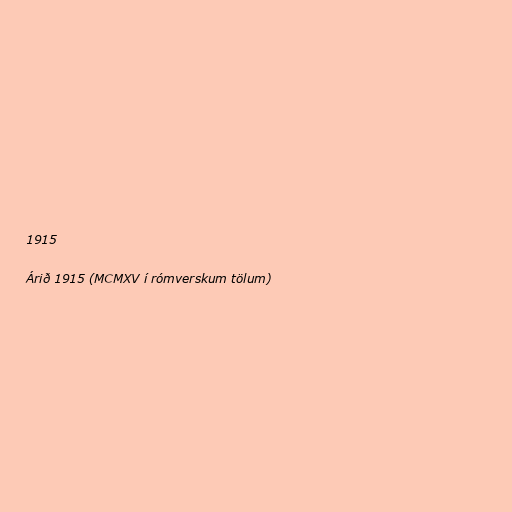
1915

Árið 1915 (MCMXV í rómverskum tölum)